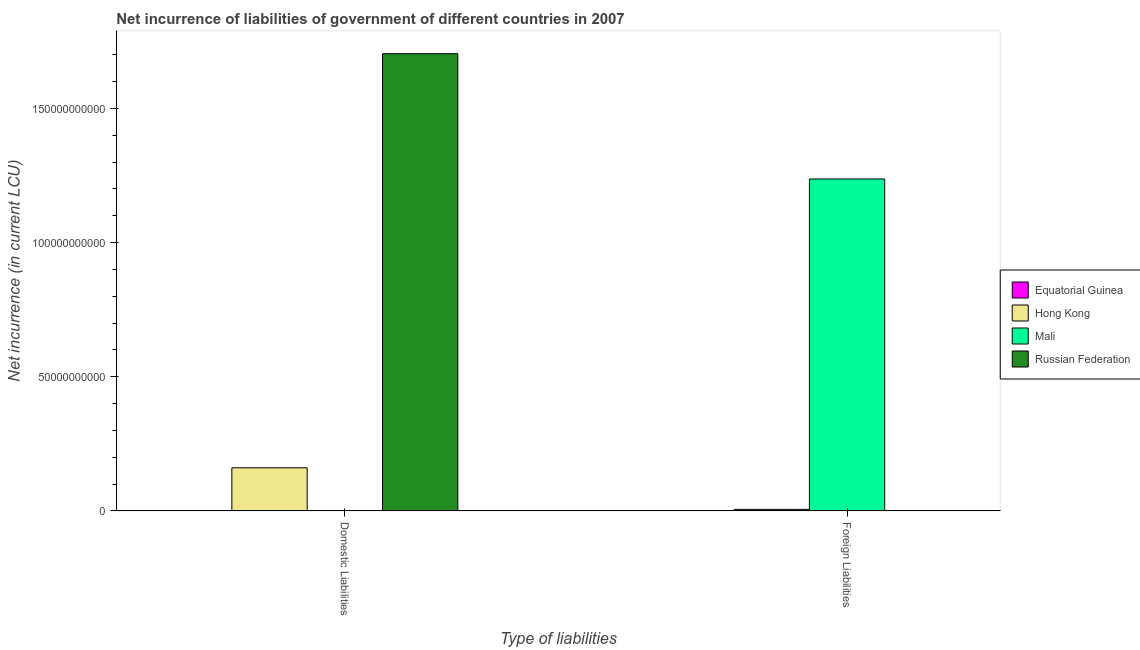
| Type of liabilities | Equatorial Guinea | Hong Kong | Mali | Russian Federation |
 | --- | --- | --- | --- | --- |
 | Domestic Liabilities | -1.01e+11 | 1.61e+10 | -1.9e+10 | 1.7e+11 |
 | Foreign Liabilities | -9.58e+09 | 5.7e+08 | 1.24e+11 | -2.74e+11 |